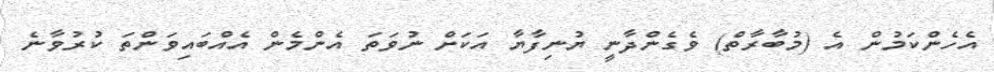
އެހެންކަމުން އެ (މުބާރާތް) ވެގެންދާނީ ޔުނިފާޔާ އަކަށް ނުވަތަ އެންމެން އެއްބައިވަންތަ ކުރުވާނެ